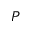
{ \cal P }